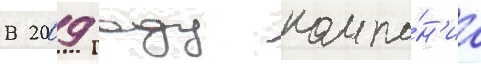
В 2009 году компа́н'иа